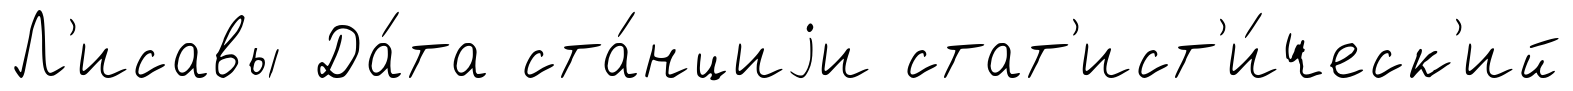
Л'исавы Да́та ста́нциjи стат'ист'и́ческ'ий